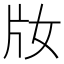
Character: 𤖩